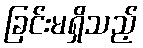
ခြင်းမရှိသည့်